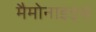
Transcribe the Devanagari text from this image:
मैमोनाइड्स